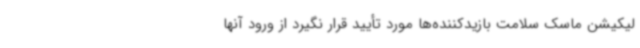
لیکیشن ماسک سلامت بازیدکننده‌ها مورد تأیید قرار نگیرد از ورود آنها